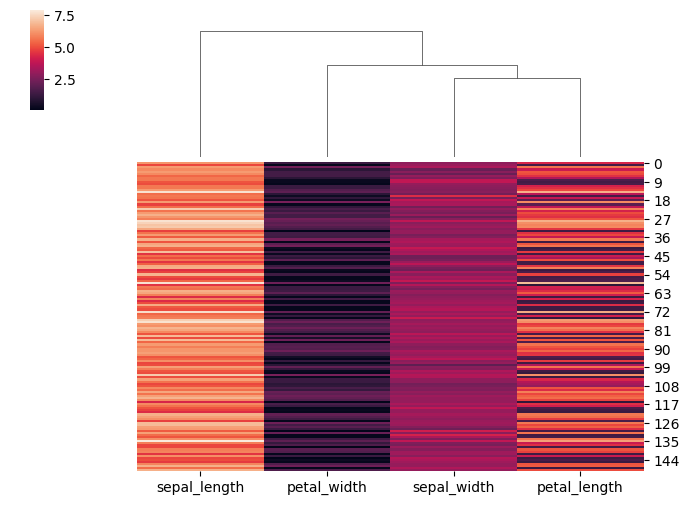
python, seaborn, clustermap, figsize=(7, 5), row_cluster=False, dendrogram_ratio=(0.2, 0.3), cbar_pos=(0.05, 0.8, 0.02, 0.2)